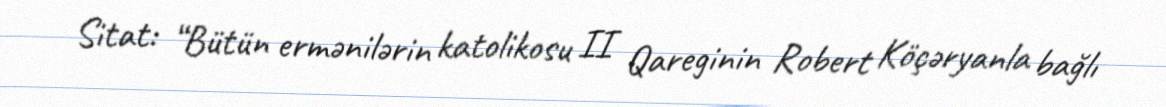
Sitat: “Bütün ermənilərin katolikosu II Qareginin Robert Köçəryanla bağlı